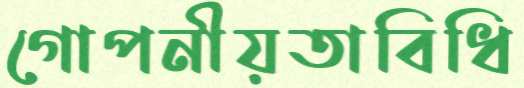
গোপনীয়তাবিধি